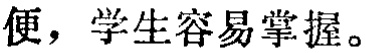
便，学生容易掌握。